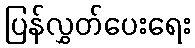
ပြန်လွှတ်ပေးရေး